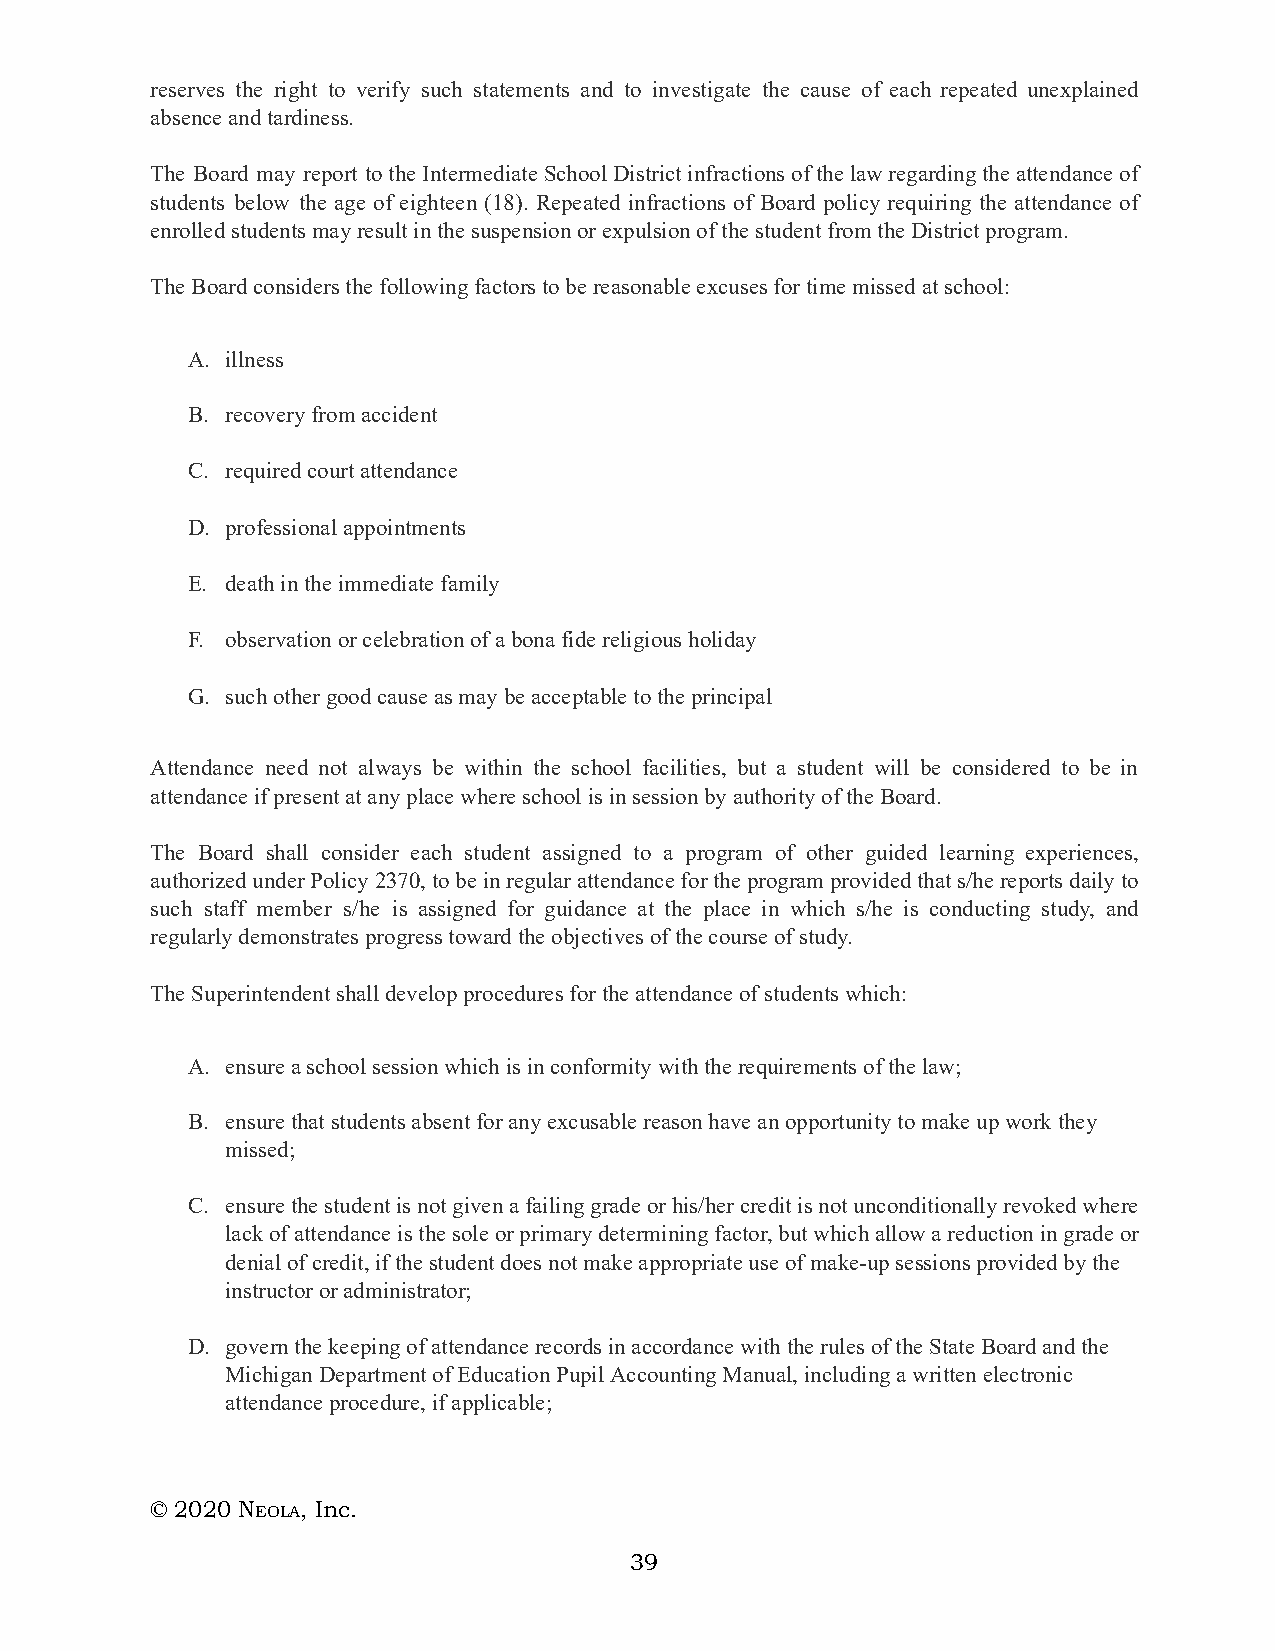
reserves the right to verify such statements and to investigate the cause of each repeated unexplained
 absence and tardiness.
 The Board may report to the Intermediate School District infractions of the law regarding the attendance of
 students below the age of eighteen (18). Repeated infractions of Board policy requiring the attendance of
 enrolled students may result in the suspension or expulsion of the student from the District program.
 The Board considers the following factors to be reasonable excuses for time missed at school:
 A. illness
 B. recovery from accident
 C. required court attendance
 D. professional appointments
 E. death in the immediate family
 F. observation or celebration of a bona fide religious holiday
 G. such other good cause as may be acceptable to the principal
 Attendance need not always be within the school facilities, but a student will be considered to be in
 attendance if present at any place where school is in session by authority of the Board.
 The Board shall consider each student assigned to a program of other guided learning experiences,
 authorized under Policy 2370, to be in regular attendance for the program provided that s/he reports daily to
 such staff member s/he is assigned for guidance at the place in which s/he is conducting study, and
 regularly demonstrates progress toward the objectives of the course of study.
 The Superintendent shall develop procedures for the attendance of students which:
 A. ensure a school session which is in conformity with the requirements of the law;
 B. ensure that students absent for any excusable reason have an opportunity to make up work they
 missed;
 C. ensure the student is not given a failing grade or his/her credit is not unconditionally revoked where
 lack of attendance is the sole or primary determining factor, but which allow a reduction in grade or
 denial of credit, if the student does not make appropriate use of make-up sessions provided by the
 instructor or administrator;
 D. govern the keeping of attendance records in accordance with the rules of the State Board and the
 Michigan Department of Education Pupil Accounting Manual, including a written electronic
 attendance procedure, if applicable;
 © 2020 NE OLA, Inc.
 39